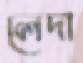
লেদা